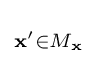
\scriptstyle {\mathbf {x'} \in M_{\mathbf {x} }}